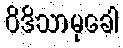
ဝိဒိသာမုခေါ